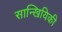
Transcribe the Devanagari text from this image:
सान्खियिकी